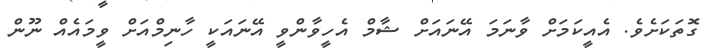
ގޮތަކަށެވެ. އެއީކަމަށް ވާނަމަ އޭނައަށް ޝާމް އެހީވާންވީ އޭނައަކީ ހާނިމްއަށް ވީމައެއް ނޫން